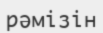
рәмізін